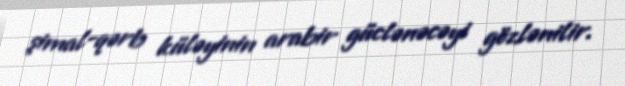
şimal-qərb küləyinin arabir güclənəcəyi gözlənilir.